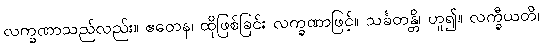
လက္ခဏာသည်လည်း။ ဧတေန၊ ထိုဖြစ်ခြင်း လက္ခဏာဖြင့်။ သင်္ခတန္တိ၊ ဟူ၍။ လက္ခီယတိ၊